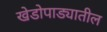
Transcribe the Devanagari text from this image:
खेडोपाड्यातील